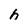
Character: h